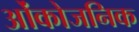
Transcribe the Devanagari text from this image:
ओंकोजनिक